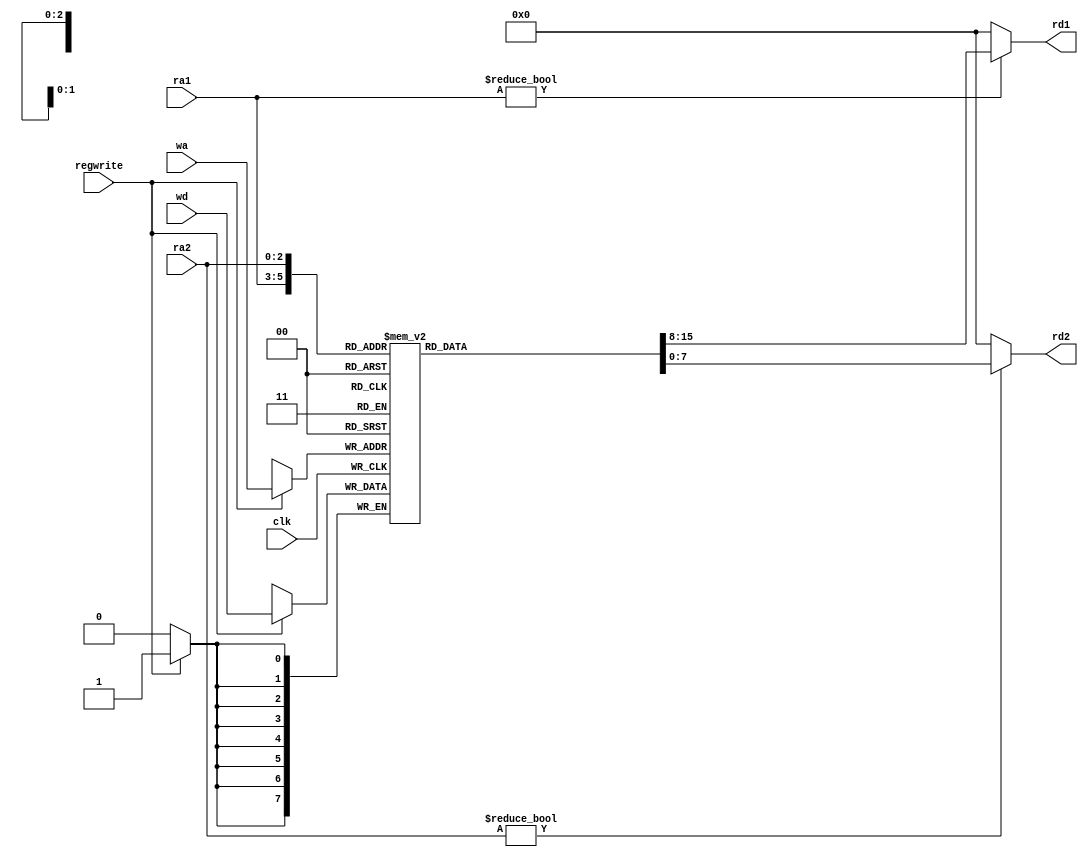
`timescale 1ns/10ps

module regfile
    (rd1, rd2, clk, regwrite, ra1, ra2, wa, wd) ;

// This reg file will only have registers $zero, $s0->$s7
// On a READ, takes in addresses on lines: ra1 and ra2
// Spits out data for those registers on lines: rd1 and rd2

// On a WRITE, regwrite must equal 1 (to signal a write)
// Takes in address of register to write to on line: wa
// Takes in data to write to register on line: wd
// Only performs a WRITE on posedge of clk

   parameter WIDTH = 8;
   parameter REGBITS = 3;

   input        clk ;
   input        regwrite ;  // signal to command regfile to 'write' to a reg
   input  [REGBITS - 1:0] ra1 ;	    // 3-bit address of $s0 --> $s7 (source reg: RS)
   input  [REGBITS - 1:0] ra2 ;	    // 3-bit address of $s0 --> $s7 (source reg: RT)
   input  [REGBITS - 1:0] wa  ;  	    // 3-bit address of $s0 --> $s7 (destin reg: RD)

   input  [WIDTH - 1:0] wd  ;	    // 8-bit data to write to RD
   output [WIDTH - 1:0]  rd1, rd2 ; // 8-bit data to read from RS and RT

   // 2-dimensional register (8x8) -- holds actual registers $s0 through $s7
   reg  [WIDTH - 1:0] REGS [(1 << REGBITS) - 1:0];

   

   // WRITE
   always @(posedge clk)
      if (regwrite) REGS[wa] <= wd;	

   // READ
   assign rd1 = ra1 ? REGS[ra1] : 0;   // looks up address ra1 in reg array
   assign rd2 = ra2 ? REGS[ra2] : 0;   // looks up address ra2 in reg array
   				       // note: register 0 hardwired to 0

   // initial
	//begin
	//$monitor("Reg0 = %d :: Reg1 = %d :: Reg2 = %d :: Reg3 = %d :: Reg4 = %d Reg5 = %d :: Reg6 = %d :: Reg7 = %d", REGS[0], REGS[1], REGS[2], REGS[3], REGS[4], REGS[5], REGS[6], REGS[7]);
	//end
endmodule